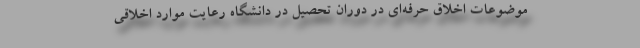
موضوعات اخلاق حرفه‌ای در دوران تحصیل در دانشگاه رعایت موارد اخلاقی